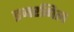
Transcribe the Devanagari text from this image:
इजरगिल